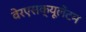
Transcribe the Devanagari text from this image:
वेरएसक्यूलेंटम